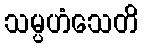
သမ္ပဟံသေတိ